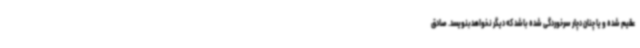
عقیم شده و یا چنان دچار سرخوردگی شده باشد که دیگر نخواهدبنویسد. صادق